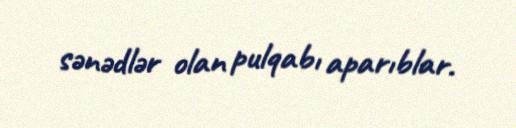
sənədlər olan pulqabı aparıblar.